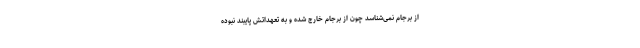
از برجام نمی‌شناسد چون از برجام خارج شده و به تعهداتش پایبند نبوده